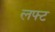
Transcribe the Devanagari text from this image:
लफ्ट